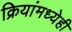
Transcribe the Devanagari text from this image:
क्रियांमध्येही